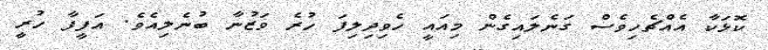
ކޮޅަކާ އެއްޗެހިވެސް ގަނެލައިގެން މިއައީ ހެވިދިލިފަ ހުރެ ވަޒުނާ ބުނެލިއެވެ. އަފީފާ ހުރީ